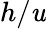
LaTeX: h/\mathit{u}